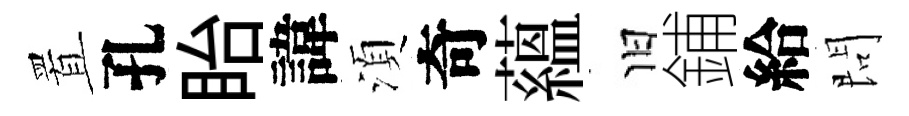
置孔眙諱湏奇蘊旧鋪給問